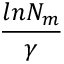
\frac { l n { N _ { m } } } { \gamma }